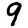
Digit: 9